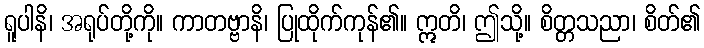
ရူပါနိ၊ အရုပ်တို့ကို။ ကာတဗ္ဗာနိ၊ ပြုထိုက်ကုန်၏။ ဣတိ၊ ဤသို့။ စိတ္တသညာ၊ စိတ်၏